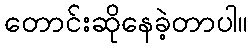
တောင်းဆိုနေခဲ့တာပါ။